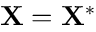
\mathbf { X } = \mathbf { X } ^ { * }